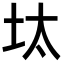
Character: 𡊀